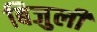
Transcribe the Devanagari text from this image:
बिजुली